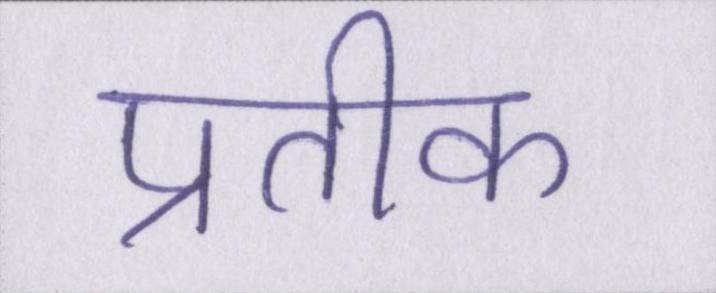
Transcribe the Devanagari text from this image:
प्रतीक